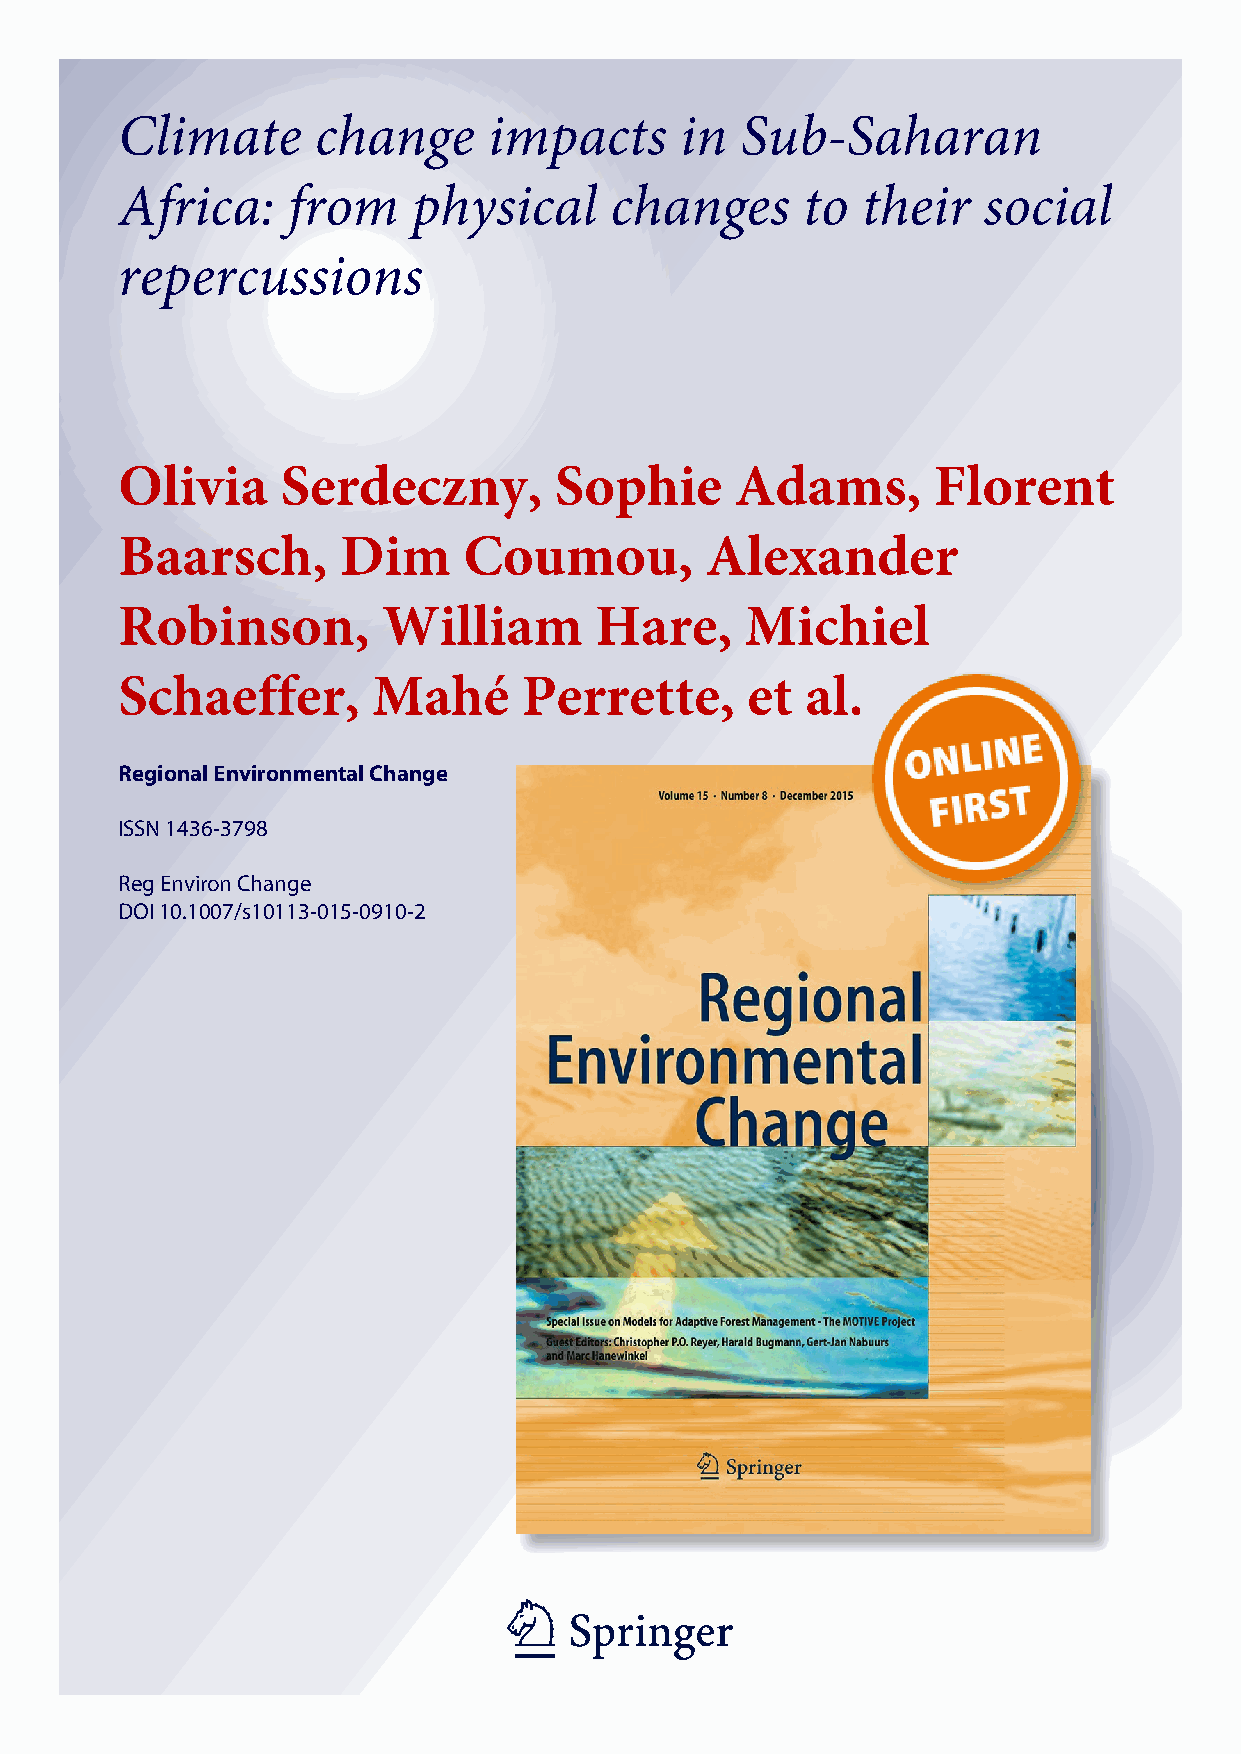
Climate      change     impacts      in  Sub-Saharan
 Africa:    from    physical     changes      to  their   social
 repercussions
 Olivia     Serdeczny,        Sophie      Adams,       Florent
 Baarsch,      Dim      Coumou,         Alexander
 Robinson,        William       Hare,     Michiel
 Schaeffer,       Mahé      Perrette,     et  al.
 Regional Environmental Change
 ISSN 1436-3798
 Reg Environ Change
 DOI 10.1007/s10113-015-0910-2
 1   23